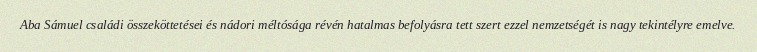
Aba Sámuel családi összeköttetései és nádori méltósága révén hatalmas befolyásra tett szert ezzel nemzetségét is nagy tekintélyre emelve.